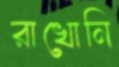
রাখোনি